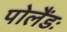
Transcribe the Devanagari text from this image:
पोलैंडः